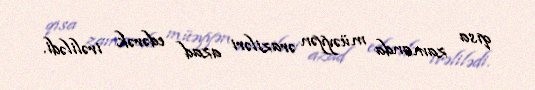
qısa zamanda müəyyən əraziləri azad edərək irəlilədi.